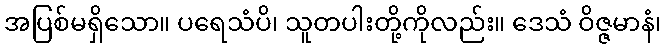
အပြစ်မရှိသော။ ပရေသံပိ၊ သူတပါးတို့ကိုလည်း။ ဒေသံ ဝိဇ္ဇမာနံ၊